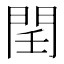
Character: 𨳝